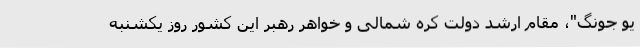
یو جونگ"، مقام ارشد دولت کره شمالی و خواهر رهبر این کشور روز یکشنبه